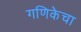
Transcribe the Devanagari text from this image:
गणिकेचा